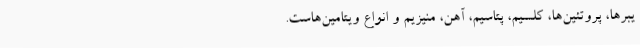
یبرها، پروتئین‌ها، کلسیم، پتاسیم، آهن، منیزیم و انواع ویتامین‌‌هاست.